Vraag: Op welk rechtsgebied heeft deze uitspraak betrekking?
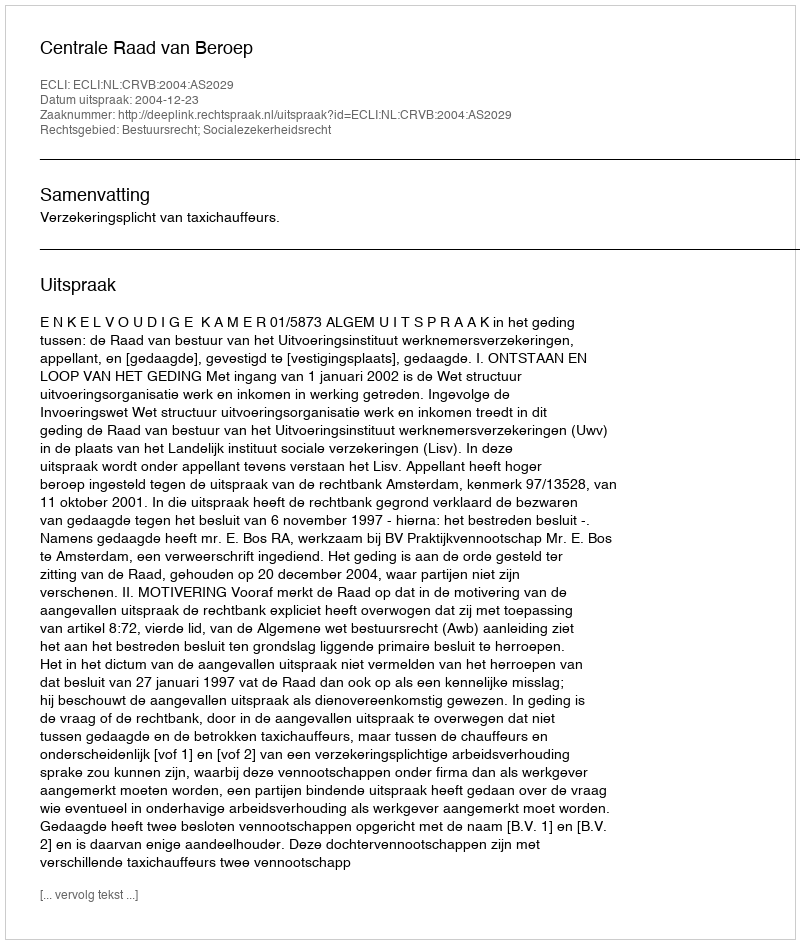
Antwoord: Bestuursrecht; Socialezekerheidsrecht